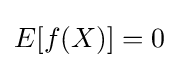
{\textstyle E[f(X)]=0}